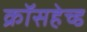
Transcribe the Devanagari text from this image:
क्रॉसहेच्ड